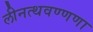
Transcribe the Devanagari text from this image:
लीनत्थवण्णणा